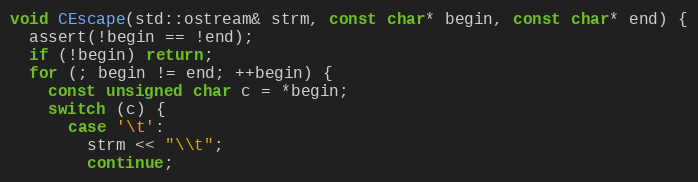
Language: C++
void CEscape(std::ostream& strm, const char* begin, const char* end) {
  assert(!begin == !end);
  if (!begin) return;
  for (; begin != end; ++begin) {
    const unsigned char c = *begin;
    switch (c) {
      case '\t':
        strm << "\\t";
        continue;